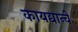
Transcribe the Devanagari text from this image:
कायद्यान्वे